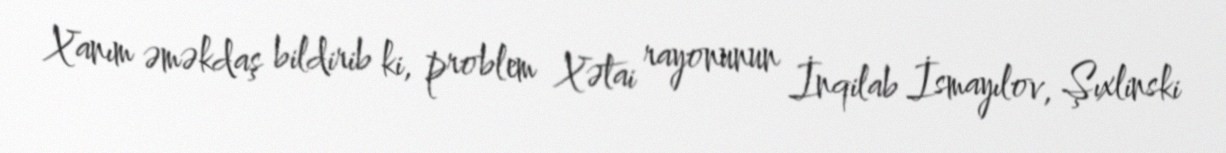
Xanım əməkdaş bildirib ki, problem Xətai rayonunun İnqilab İsmayılov, Şıxlinski